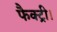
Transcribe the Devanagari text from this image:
फैक्ट्री।